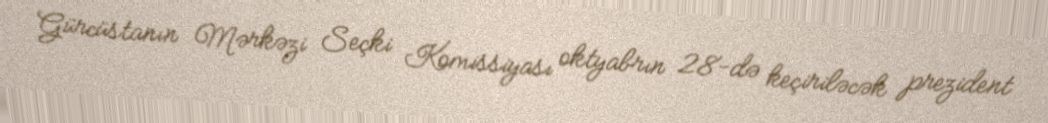
Gürcüstanın Mərkəzi Seçki Komissiyası oktyabrın 28-də keçiriləcək prezident